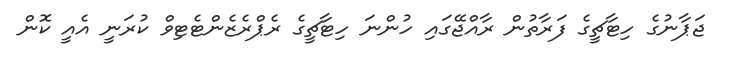
ޖަޕާނުގެ ހިޓާޗީގެ ފަރާތުން ރާއްޖޭގައި ހުންނަ ހިޓާޗީގެ ރެޕްރެެޒެންޓެޓިވް ކުރަނީ އެއީ ކޮން